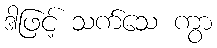
ဒါဖြင့် သက်သေ ကွာ